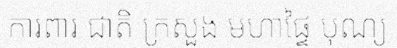
ការពារ ជាតិ ក្រសួង មហាផ្ទៃ បុណ្យ